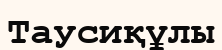
Таусиқұлы